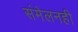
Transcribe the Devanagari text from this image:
संमेलनही